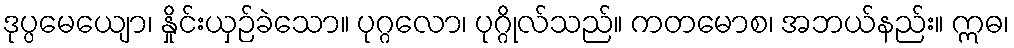
ဒုပ္ပမေယျော၊ နှိုင်းယှဉ်ခဲသော။ ပုဂ္ဂလော၊ ပုဂ္ဂိုလ်သည်။ ကတမောစ၊ အဘယ်နည်း။ ဣဓ၊